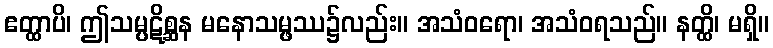
ဧတ္ထာပိ၊ ဤသမ္ပဋိစ္ဆန မနောသမ္ဖဿ၌လည်း။ အသံဝရော၊ အသံဝရသည်။ နတ္ထိ၊ မရှိ။